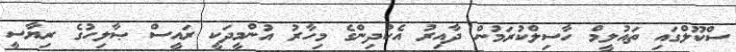
ސްކޫލްގައި ތައުލީމް ހާސިލްކުރަމުން ދާއިރު އެކުދިންގެ މިހާރު އުންމީދަކީ ރައީސް ޞާލިހުގެ ރިޔާސީ